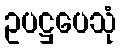
ဥပဋ္ဌပေသုံ